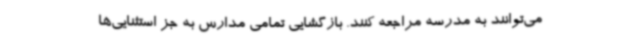
می‌توانند به مدرسه مراجعه کنند. بازگشایی تمامی مدارس به جز استثنایی‌ها